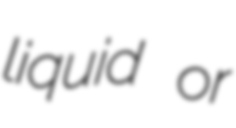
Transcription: liquid or